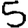
Digit: 5